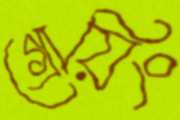
গ্রোয়িং